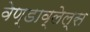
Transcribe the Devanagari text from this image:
वेण्डाव्लेल्स